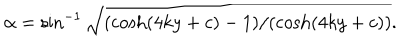
\alpha = \sin ^ { - 1 } \sqrt { ( \cosh ( 4 k y + c ) - 1 ) / ( \cosh ( 4 k y + c ) ) } .